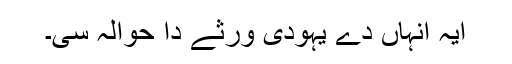
ایہ انہاں دے یہودی ورثے دا حوالہ سی۔